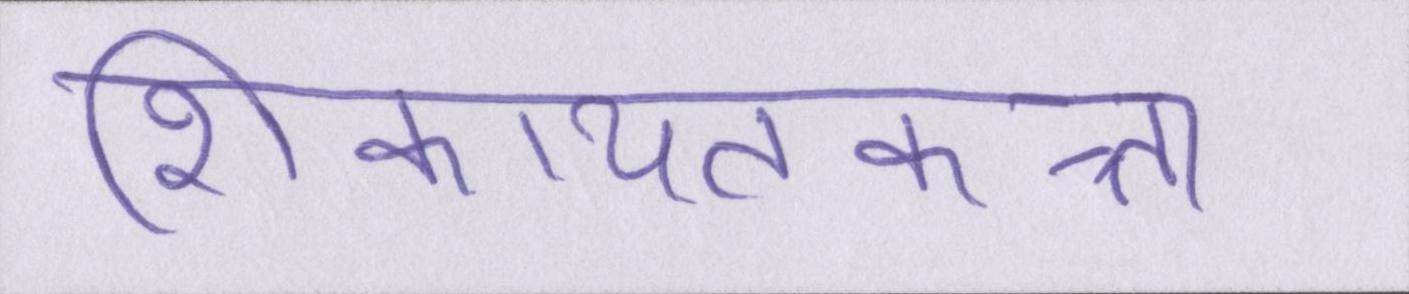
शिकायतकत्र्ता